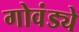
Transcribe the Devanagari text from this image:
गोवंड्ये